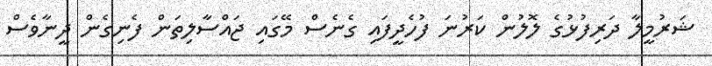
ޝަރުމީލާ ދަރިފުޅުގެ ލޮލުން ކަރުނަ ފުހެދީފައި ގެނެސް މޭގައި ޖައްސާލިތަން ފެނިގެން ދީނާވެސް